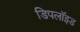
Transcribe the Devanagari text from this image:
डिपलॉइड